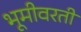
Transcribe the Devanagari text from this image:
भूमीवरती